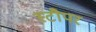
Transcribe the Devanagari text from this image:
स्टौपर